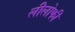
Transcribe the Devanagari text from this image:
लीलोफी